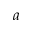
a